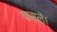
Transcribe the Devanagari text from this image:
फसलें।